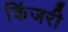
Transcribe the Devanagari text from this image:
किंजरी